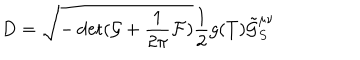
D = \sqrt { - \det ( \mathcal { G } + \frac { 1 } { 2 \pi } \mathcal { F } ) } \frac { 1 } { 2 } g ( T ) \tilde { \mathcal { G } } _ { S } ^ { \mu \nu }